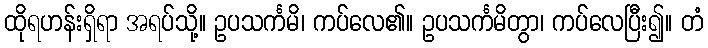
ထိုရဟန်းရှိရာ အရပ်သို့။ ဥပသင်္ကမိ၊ ကပ်လေ၏။ ဥပသင်္ကမိတွာ၊ ကပ်လေပြီး၍။ တံ